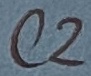
Text: C2